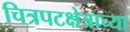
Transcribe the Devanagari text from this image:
चित्रपटक्षेत्राच्या